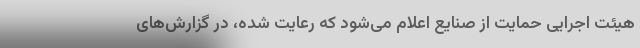
هیئت اجرایی حمایت از صنایع اعلام می‌شود که رعایت شده، در گزارش‌های